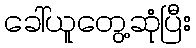
ခေါ်ယူတွေ့ဆုံပြီး